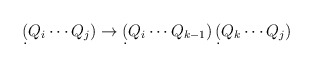
\begin{align*}\d(Q_i \cdots Q_j) \to \d(Q_i \cdots Q_{k-1})\,\d(Q_k \cdots Q_j)\end{align*}